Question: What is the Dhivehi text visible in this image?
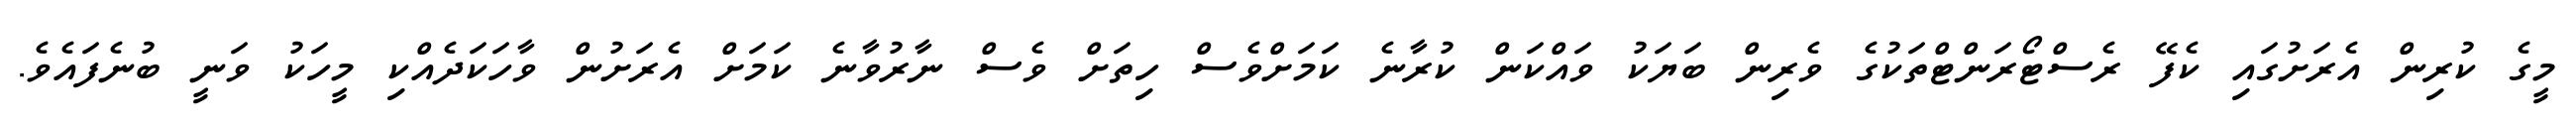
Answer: މީގެ ކުރިން އެރަށުގައި ކެފޭ ރެސްޓޯރަންޓްތަކުގެ ވެރިން ބަޔަކު ވައްކަން ކުރާނެ ކަމަށްވެސް ހިތަށް ވެސް ނާރުވާނެ ކަމަށް އެރަށުން ވާހަކަދެއްކި މީހަކު ވަނީ ބުނެފައެވެ.